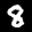
Label: 8